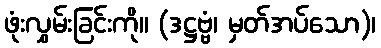
ဖုံးလွှမ်းခြင်းကို။ (ဒဋ္ဌဗ္ဗံ၊ မှတ်အပ်သော)၊